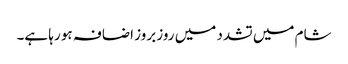
شام میں تشدد میں روز بروز اضافہ ہو رہا ہے۔